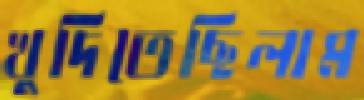
খুদিতেছিলাম